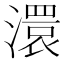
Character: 澴